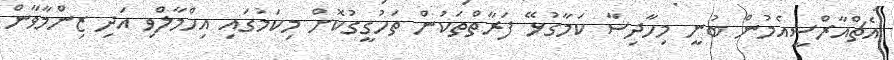
އެޗްއާރްސީއެމުން ބުނީ މިހާދިސާ ކަމާގުޅޭ ފަރާތްތަކުން ތަހުގީގުކޮށް މިކަމުގައި އިހްމާލްވި އަދި ޒިންމާވާން